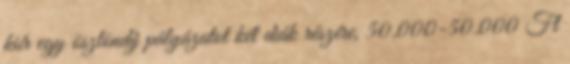
kiír egy ösztöndíj pályázatot két diák részére, 50.000-50.000 Ft